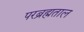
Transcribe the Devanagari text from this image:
परब्रह्मताल